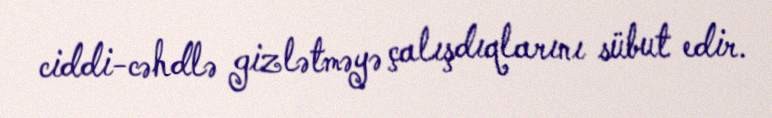
ciddi-cəhdlə gizlətməyə çalışdıqlarını sübut edir.